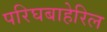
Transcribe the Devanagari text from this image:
परिघबाहेरिल